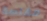
مفلسة